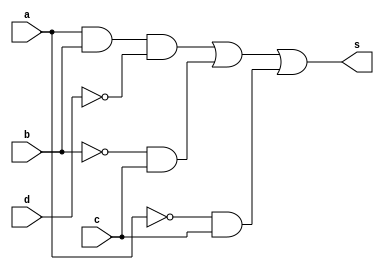
//Fabricio Rodrigues de Souza - 412737
//Guia 8


module exercicio01(s, a, b, c, d);

input a, b, c, d;
output s;
wire st1, st2, st3, st4, st5, st6, st7;

not N1(st1, d);
and A1(st2, a, b, st1);
not N2(st4, b);
and A3(st5, st4, c);
not N3(st6, a);
and A4(st7, st6, c);
or O1(s, st2, st5, st7);

endmodule

module exercicio02(s, a, b, c, d);

input a, b, c, d;
output s;
wire st1, st2, st3, st4, st5, st6, st7, st8, st9;

not N1(st1, a);
not N2(st2, b);
not N3(st3, c);
not N4(st4, d);

and A1(st5, st1, st2, c, st4);
and A2(st6, st1, b, st3, st4);
and A3(st7, a, st2, st3);
and A4(st8, a, st2, d);
and A5(st9, a, st3, d);

or O1(s, st5, st6, st7, st8, st9);

endmodule


module teste;

reg a, b, c, d;
wire s1, s2;

exercicio01 E1(s1, a, b, c, d);
exercicio02 E2(s2, a, b, c, d);

initial begin: start
a=0;b=0;c=0;d=0;
end

initial begin: main
$display("Fabricio Rodrigues de Souza - Guia 8 - QM");
$display("A B C D = S1 S2");
$monitor("%b %b %b %b = %b %b", a, b, c, d, s1, s2);
#1 a=0;b=0;c=0;d=1;
#1 a=0;b=0;c=1;d=0;
#1 a=0;b=0;c=1;d=1;
#1 a=0;b=1;c=0;d=0;
#1 a=0;b=1;c=0;d=1;
#1 a=0;b=1;c=1;d=0;
#1 a=0;b=1;c=1;d=1;
#1 a=1;b=0;c=0;d=0;
#1 a=1;b=0;c=0;d=1;
#1 a=1;b=0;c=1;d=0;
#1 a=1;b=0;c=1;d=1;
#1 a=1;b=1;c=0;d=0;
#1 a=1;b=1;c=0;d=1;
#1 a=1;b=1;c=1;d=0;
#1 a=1;b=1;c=1;d=1;

end
endmodule

/*

    ----jGRASP exec: C:\Programas\ProgramasAC\Icarus_Verilog\bin\vvp Exericicio01e02.vvp
    
    Fabricio Rodrigues de Souza - Guia 8 - QM
    A B C D = S1 S2
    0 0 0 0 = 0 0
    0 0 0 1 = 0 0
    0 0 1 0 = 1 1
    0 0 1 1 = 1 0
    0 1 0 0 = 0 1
    0 1 0 1 = 0 0
    0 1 1 0 = 1 0
    0 1 1 1 = 1 0
    1 0 0 0 = 0 1
    1 0 0 1 = 0 1
    1 0 1 0 = 1 0
    1 0 1 1 = 1 1
    1 1 0 0 = 1 0
    1 1 0 1 = 0 1
    1 1 1 0 = 1 0
    1 1 1 1 = 0 0
    
     ----jGRASP: operation complete.

*/